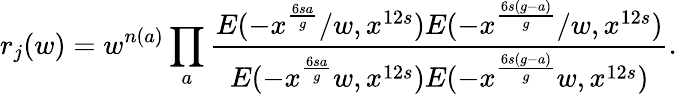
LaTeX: r_{j}(w)=w^{n(a)}\prod_{a}\frac{E(-x^{\frac{6sa}{g}}/w,x^{12s})E(-x^{\frac{6s(g-a)}{g}}/w,x^{12s})}{E(-x^{\frac{6sa}{g}}w,x^{12s})E(-x^{\frac{6s(g-a)}{g}}w,x^{12s})}.